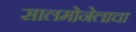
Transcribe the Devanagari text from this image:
सालमोनेलाचा